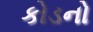
કોડનો